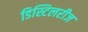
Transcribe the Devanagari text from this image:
डिस्टिलरीज